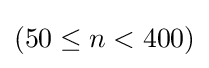
(50\leq n<400)